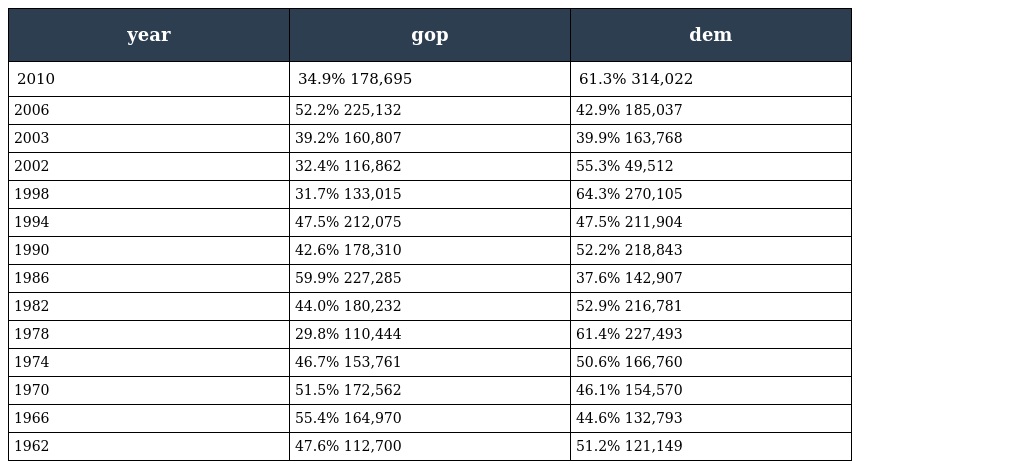
| year | gop | dem |
 | --- | --- | --- |
 | 2010 | 34.9% 178,695 | 61.3% 314,022 |
 | 2006 | 52.2% 225,132 | 42.9% 185,037 |
 | 2003 | 39.2% 160,807 | 39.9% 163,768 |
 | 2002 | 32.4% 116,862 | 55.3% 49,512 |
 | 1998 | 31.7% 133,015 | 64.3% 270,105 |
 | 1994 | 47.5% 212,075 | 47.5% 211,904 |
 | 1990 | 42.6% 178,310 | 52.2% 218,843 |
 | 1986 | 59.9% 227,285 | 37.6% 142,907 |
 | 1982 | 44.0% 180,232 | 52.9% 216,781 |
 | 1978 | 29.8% 110,444 | 61.4% 227,493 |
 | 1974 | 46.7% 153,761 | 50.6% 166,760 |
 | 1970 | 51.5% 172,562 | 46.1% 154,570 |
 | 1966 | 55.4% 164,970 | 44.6% 132,793 |
 | 1962 | 47.6% 112,700 | 51.2% 121,149 |